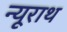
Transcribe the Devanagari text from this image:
न्यूराथ